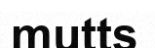
mutts